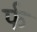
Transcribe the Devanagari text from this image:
र्फ